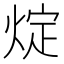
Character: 𤊟